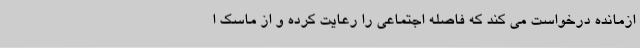
ازمانده درخواست می کند که فاصله اجتماعی را رعایت کرده و از ماسک ا